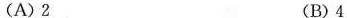
(A)2 (B)4